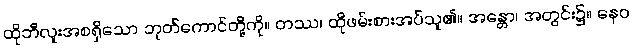
ထိုဘီလူးအစရှိသော ဘုတ်ကောင်တို့ကို။ တဿ၊ ထိုဖမ်းစားအပ်သူ၏။ အန္တော၊ အတွင်း၌။ နေဝ